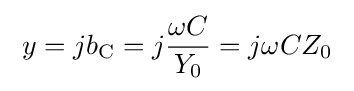
\;y=jb_{\text{C}}=j{\frac {\omega C}{Y_{0}}}=j\omega CZ_{0}\;